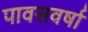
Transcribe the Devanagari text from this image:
पावसवर्षा